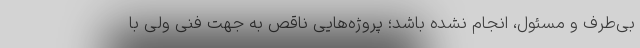
بی‌طرف و مسئول، انجام نشده باشد؛ پروژه‌هایی ناقص به جهت فنی ولی با